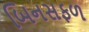
બિનસફળ